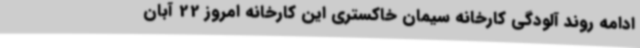
ادامه روند آلودگی کارخانه سیمان خاکستری این کارخانه امروز 22 آبان